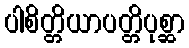
ပါစိတ္တိယာပတ္တိပုစ္ဆာ